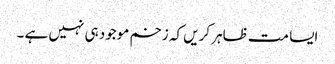
ایسا مت ظاہر کریں کہ زخم موجود ہی نہیں ہے ۔